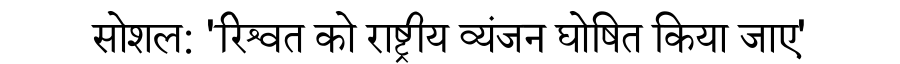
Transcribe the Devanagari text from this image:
सोशल: 'रिश्वत को राष्ट्रीय व्यंजन घोषित किया जाए'